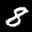
Label: 8